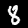
Digit: 8